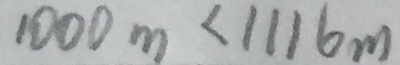
1 0 0 0 m < 1 1 1 6 m